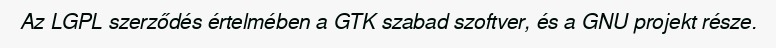
Az LGPL szerződés értelmében a GTK szabad szoftver, és a GNU projekt része.